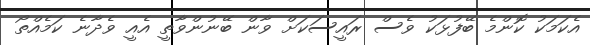
އެކަމަކު ކޮންމެ ބޭފުޅަކު ވެސް ރައީސަކަށް ވާން ބޭނުންވާތީ އެއީ ވެދާނެ ކަމެއްތޯ